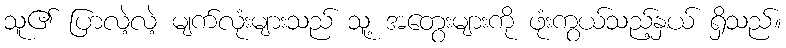
သူ၏ ပြာလဲ့လဲ့ မျက်လုံးများသည် သူ့ အတွေးများကို ဖုံးကွယ်သည့်နှယ် ရှိသည်။